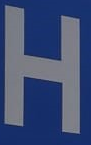
H